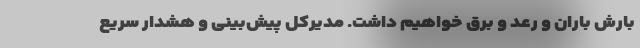
بارش باران و رعد و برق خواهیم داشت. مدیرکل پیش‌بینی و هشدار سریع